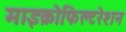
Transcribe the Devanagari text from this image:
माइक्रोफिल्टरेशन